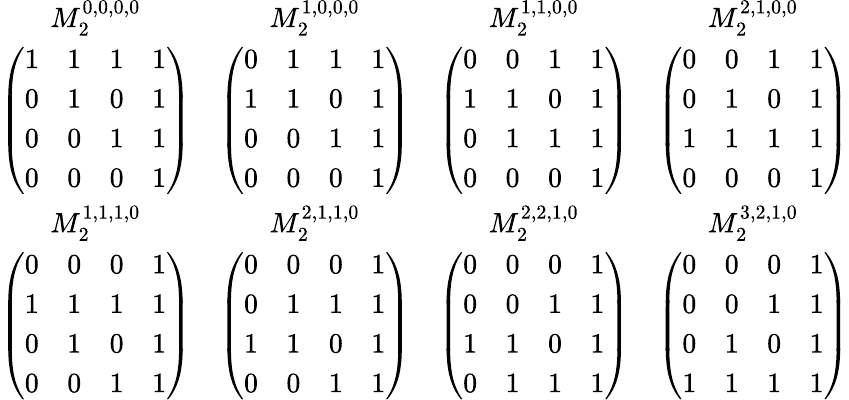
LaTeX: \begin{array}{cccc}{M_{2}^{0,0,0,0}}&{M_{2}^{1,0,0,0}}&{M_{2}^{1,1,0,0}}&{M_{2}^{2,1,0,0}}\\ {\left(\begin{array}{llll}{1}&{1}&{1}&{1}\\ {0}&{1}&{0}&{1}\\ {0}&{0}&{1}&{1}\\ {0}&{0}&{0}&{1}\end{array}\right)}&{\left(\begin{array}{llll}{0}&{1}&{1}&{1}\\ {1}&{1}&{0}&{1}\\ {0}&{0}&{1}&{1}\\ {0}&{0}&{0}&{1}\end{array}\right)}&{\left(\begin{array}{llll}{0}&{0}&{1}&{1}\\ {1}&{1}&{0}&{1}\\ {0}&{1}&{1}&{1}\\ {0}&{0}&{0}&{1}\end{array}\right)}&{\left(\begin{array}{llll}{0}&{0}&{1}&{1}\\ {0}&{1}&{0}&{1}\\ {1}&{1}&{1}&{1}\\ {0}&{0}&{0}&{1}\end{array}\right)}\\ {M_{2}^{1,1,1,0}}&{M_{2}^{2,1,1,0}}&{M_{2}^{2,2,1,0}}&{M_{2}^{3,2,1,0}}\\ {\left(\begin{array}{llll}{0}&{0}&{0}&{1}\\ {1}&{1}&{1}&{1}\\ {0}&{1}&{0}&{1}\\ {0}&{0}&{1}&{1}\end{array}\right)}&{\left(\begin{array}{llll}{0}&{0}&{0}&{1}\\ {0}&{1}&{1}&{1}\\ {1}&{1}&{0}&{1}\\ {0}&{0}&{1}&{1}\end{array}\right)}&{\left(\begin{array}{llll}{0}&{0}&{0}&{1}\\ {0}&{0}&{1}&{1}\\ {1}&{1}&{0}&{1}\\ {0}&{1}&{1}&{1}\end{array}\right)}&{\left(\begin{array}{llll}{0}&{0}&{0}&{1}\\ {0}&{0}&{1}&{1}\\ {0}&{1}&{0}&{1}\\ {1}&{1}&{1}&{1}\end{array}\right)}\end{array}